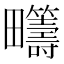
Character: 𤴆